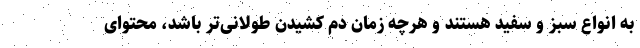
به انواع سبز و سفید هستند و هرچه زمان دم کشیدن طولانی‌تر باشد، محتوای